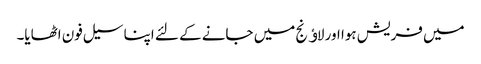
میں فریش ہوا اور لاﺅنج میں جانے کے لئے اپنا سیل فون اٹھایا۔